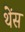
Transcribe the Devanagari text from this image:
थेंस